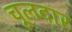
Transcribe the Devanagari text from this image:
चूलदार